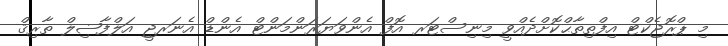
މި ޕްރޮޖެކްޓް އިފްތިތާޙްކޮށްދެއްވީ މިނިސްޓަރ އޮފް އެންވަޔަރަންމަންޓް އެންޑް އެނަރޖީ އަލްފާޟިލް ތާރިޤް